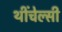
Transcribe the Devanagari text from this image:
थींचेल्सी